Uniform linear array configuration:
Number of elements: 48
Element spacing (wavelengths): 1
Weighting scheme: uniform
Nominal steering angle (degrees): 15
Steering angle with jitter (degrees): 16.248
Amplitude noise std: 0.05
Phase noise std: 0.05

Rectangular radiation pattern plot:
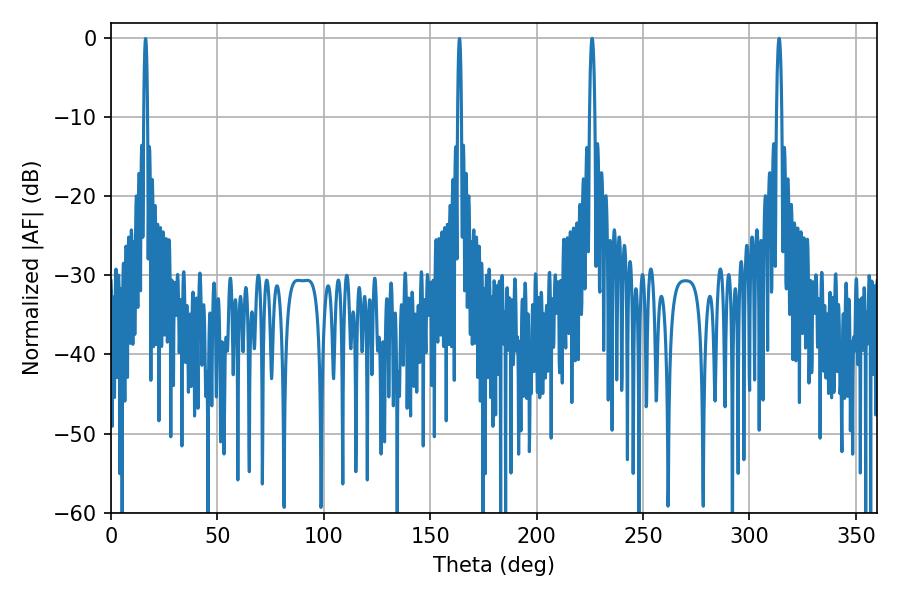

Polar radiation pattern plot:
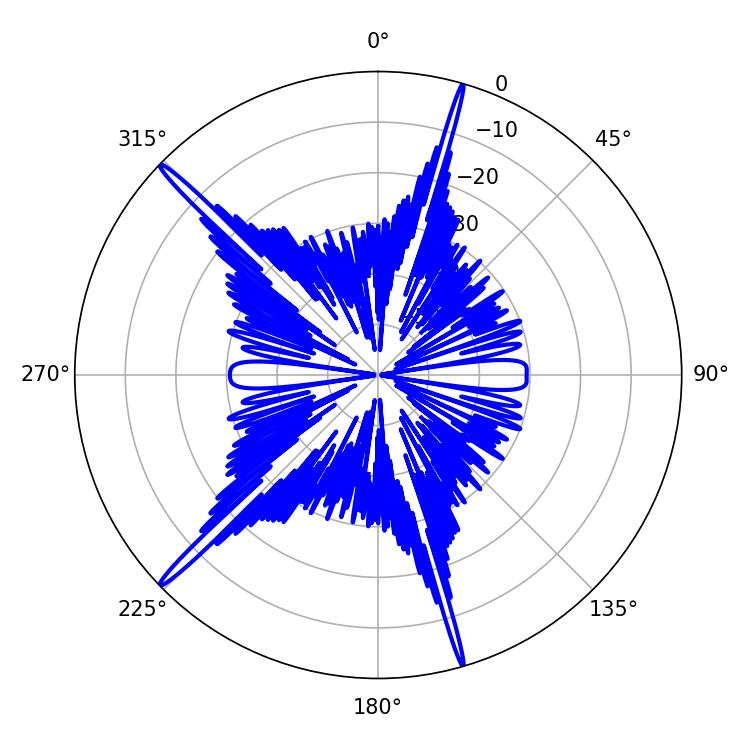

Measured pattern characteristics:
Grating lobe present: TRUE
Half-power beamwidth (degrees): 1.44
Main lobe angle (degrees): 313.92